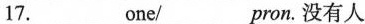
17.___one/___pron.没有人